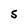
Character: S